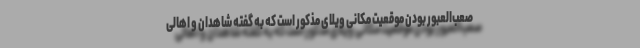
صعب‌العبور بودن موقعیت مکانی ویلای مذکور است که به گفته شاهدان و اهالی